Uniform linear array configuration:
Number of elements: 48
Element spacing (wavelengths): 0.75
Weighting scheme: uniform
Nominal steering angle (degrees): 0
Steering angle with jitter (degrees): -0.6817
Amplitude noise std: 0.05
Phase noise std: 0.05

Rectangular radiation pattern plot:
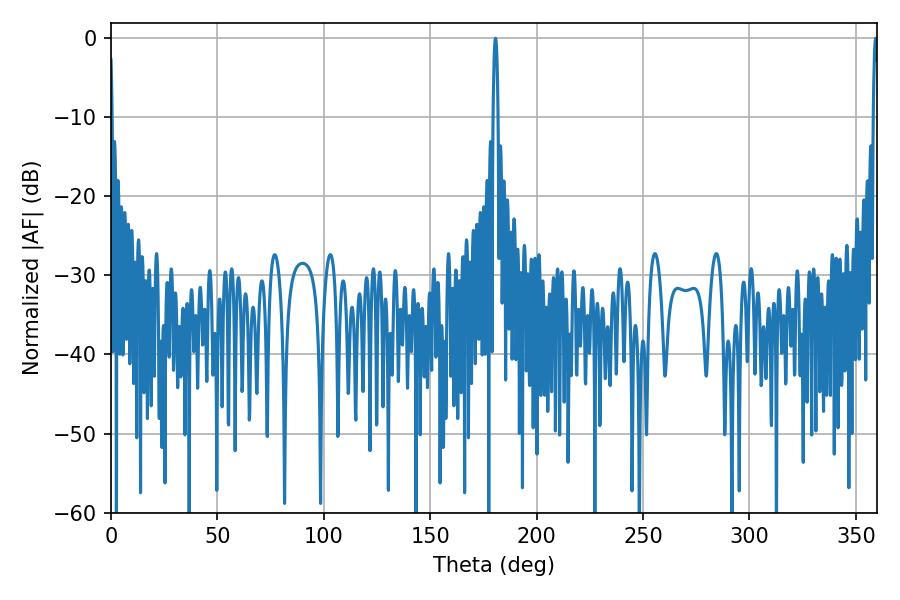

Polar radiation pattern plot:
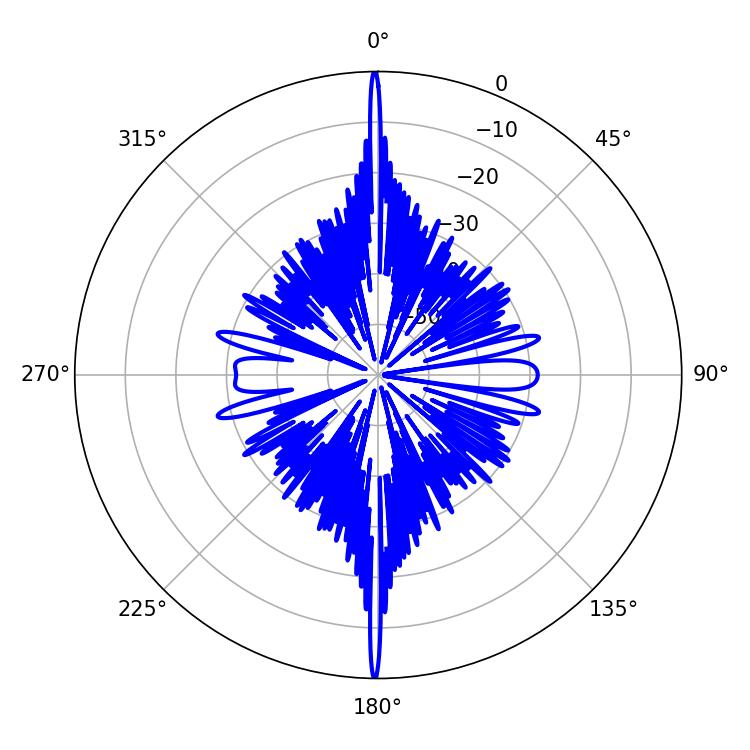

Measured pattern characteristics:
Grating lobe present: TRUE
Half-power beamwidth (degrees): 1.26
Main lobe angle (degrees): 359.28